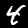
Label: 4